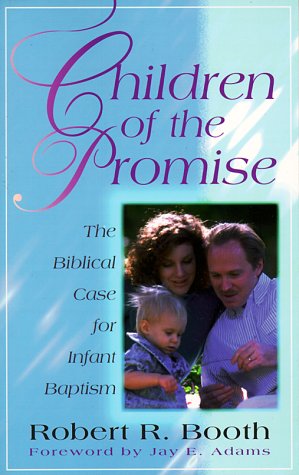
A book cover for Children of the Promise: The Biblical Case for Infant Baptism; Robert R. Booth; Christian Books & Bibles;